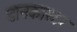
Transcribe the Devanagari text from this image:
डानकास्टर